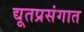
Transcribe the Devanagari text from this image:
द्यूतप्रसंगात